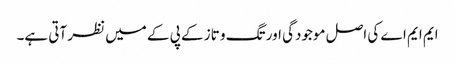
ایم ایم اے کی اصل موجودگی اور تگ و تاز کے پی کے میں نظر آتی ہے۔